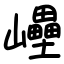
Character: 㠥